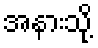
အနားသို့